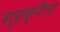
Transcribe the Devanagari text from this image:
सूत्रकृमींचा